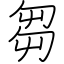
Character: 芻